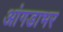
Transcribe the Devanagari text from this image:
आंगडाभर